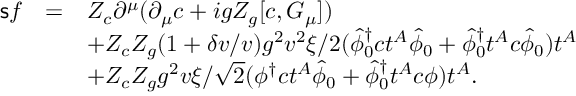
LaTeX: \begin{array} { r c l } { { { \sf s } f } } & { { = } } & { { Z _ { c } \partial ^ { \mu } ( \partial _ { \mu } c + i g Z _ { g } [ c , G _ { \mu } ] ) } } \\ { { } } & { { } } & { { + Z _ { c } Z _ { g } ( 1 + \delta v / v ) g ^ { 2 } v ^ { 2 } \xi / 2 ( \hat { \phi } _ { 0 } ^ { \dagger } c t ^ { A } \hat { \phi } _ { 0 } + \hat { \phi } _ { 0 } ^ { \dagger } t ^ { A } c \hat { \phi } _ { 0 } ) t ^ { A } } } \\ { { } } & { { } } & { { + Z _ { c } Z _ { g } g ^ { 2 } v \xi / \sqrt { 2 } ( \phi ^ { \dagger } c t ^ { A } \hat { \phi } _ { 0 } + \hat { \phi } _ { 0 } ^ { \dagger } t ^ { A } c \phi ) t ^ { A } . } } \end{array}